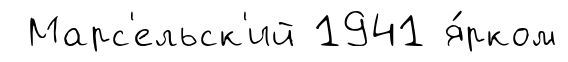
Марс'ельск'ий 1941 я́рком